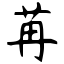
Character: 苒